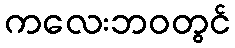
ကလေးဘဝတွင်